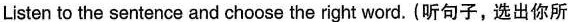
Listen to the sentence and choose the right word. (听句子,选出你所